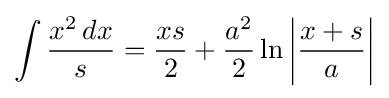
\int {\frac {x^{2}\,dx}{s}}={\frac {xs}{2}}+{\frac {a^{2}}{2}}\ln \left|{\frac {x+s}{a}}\right|